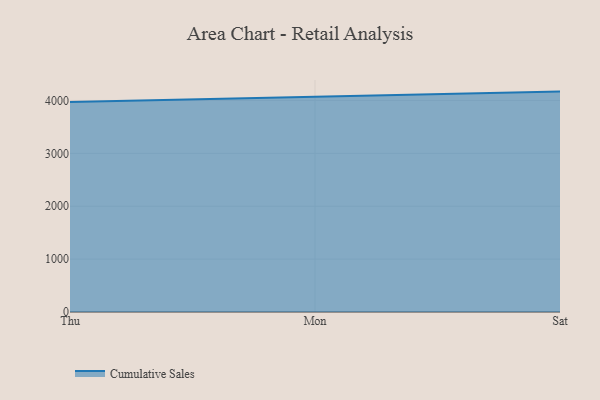
{"axis": {"x": "Day", "y": "Conversion Rate (%)"}, "legend": ["Cumulative Sales"], "data": [{"x": "Thu", "y": 3972.3, "type": "Cumulative Sales"}, {"x": "Mon", "y": 4074.2, "type": "Cumulative Sales"}, {"x": "Sat", "y": 4167.3, "type": "Cumulative Sales"}]}